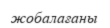
жобалағаны